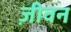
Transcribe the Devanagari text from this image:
ज़ीवन